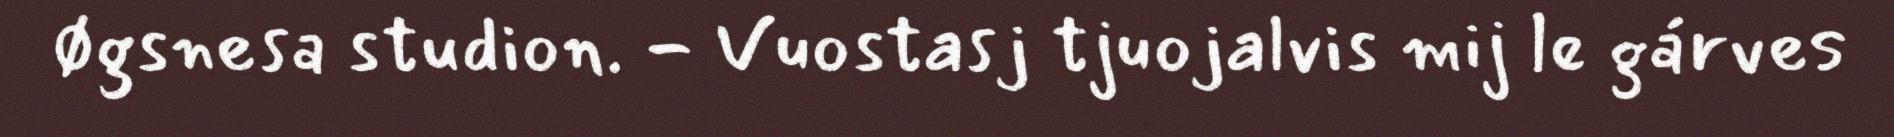
Øgsnesa studion. - Vuostasj tjuojalvis mij le gárves